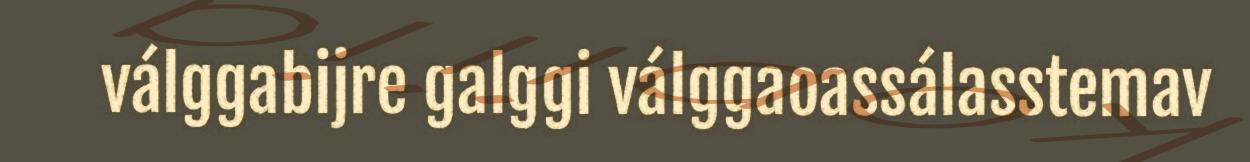
válggabijre galggi válggaoassálasstemav